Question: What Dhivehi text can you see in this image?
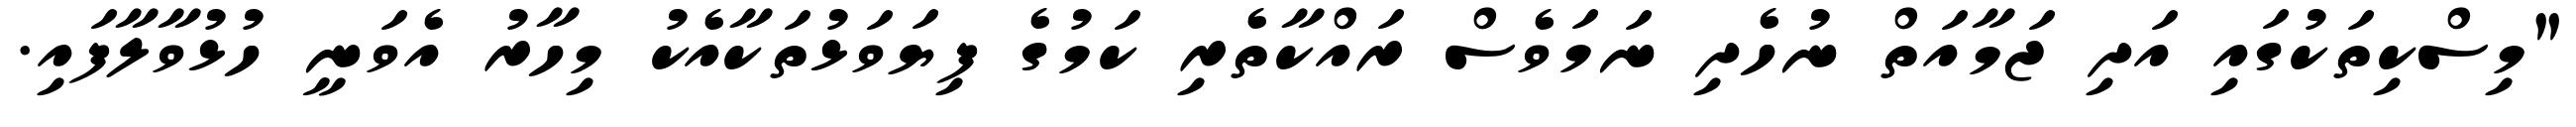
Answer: "މިސްކިތަކުގައި އަދި ޖަމާއަތް ނުހެދި ނަމަވެސް ރައްކާތެރި ކަމުގެ ފިޔަވަޅުތަކާއެކު މިހާރު އެވަނީ ހުޅުވާލާފައި.